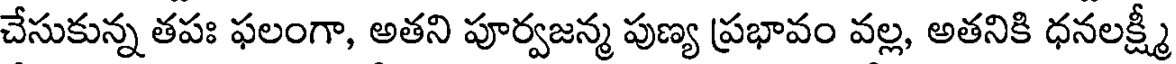
చేసుకున్న తపః ఫలంగా, అతని పూర్వజన్మ పుణ్య ప్రభావం వల్ల, అతనికి ధనలక్ష్మీ